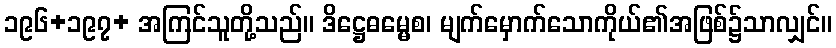
၁၉၆+၁၉၇+ အကြင်သူတို့သည်။ ဒိဋ္ဌေဓမ္မေစ၊ မျက်မှောက်သောကိုယ်၏အဖြစ်၌သာလျှင်။